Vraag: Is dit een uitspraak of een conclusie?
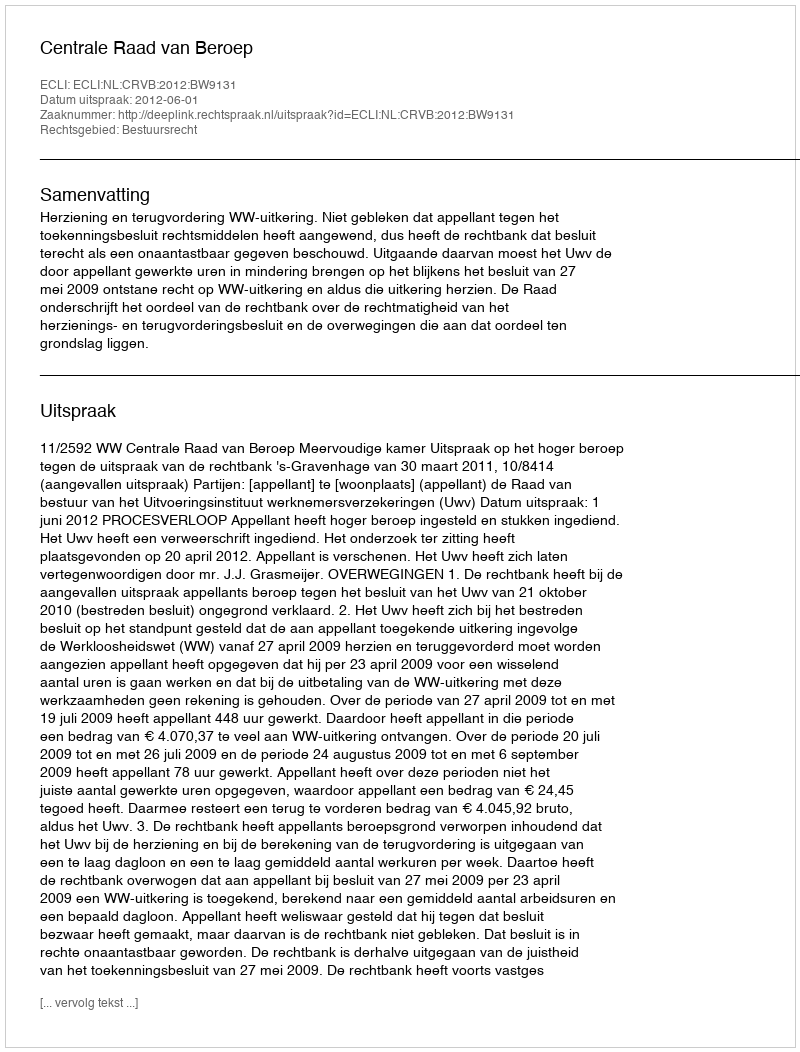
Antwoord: Uitspraak